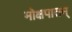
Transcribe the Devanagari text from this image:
मोक्षपातम्